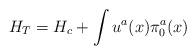
LaTeX: \begin{align*}H_T = H_c + \int u^a(x)\pi_0^a(x) \end{align*}